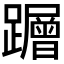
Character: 𮜠